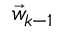
\vec { w } _ { k - 1 }